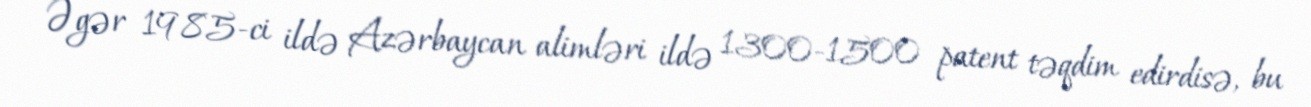
Əgər 1985-ci ildə Azərbaycan alimləri ildə 1300-1500 patent təqdim edirdisə, bu